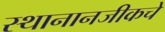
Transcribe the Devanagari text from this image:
स्थानानजीकचे